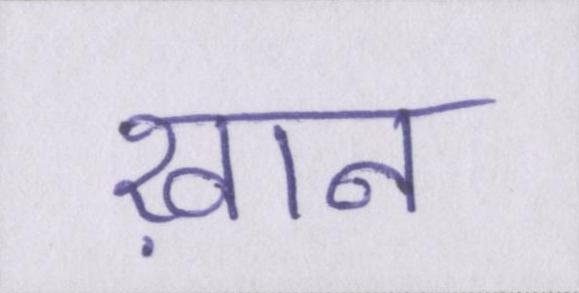
ख़ान